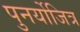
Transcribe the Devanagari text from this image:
पुनर्योजित्र